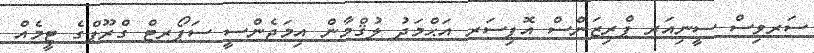
ސަރވިސް ސީނިއަރ ޕްރިޒަންސް އޮފިސަރ އަޙްމަދު ލުޤްމާން އިމަޖެންސީ ސަޕޯރޓް ގްރޫޕްގެ ޓީމެއް